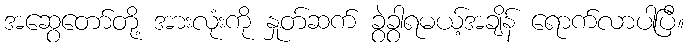
အဆွေတော်တို့ အားလုံးကို နှုတ်ဆက် ခွဲခွာရမယ့်အချိန် ရောက်လာပါပြီ။